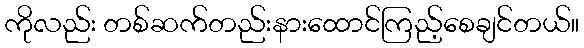
ကိုလည်း တစ်ဆက်တည်းနားထောင်ကြည့်စေချင်တယ်။